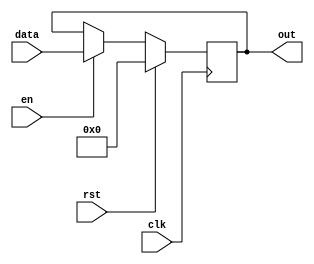
/*
   This file was generated automatically by the Mojo IDE version B1.3.3.
   Do not edit this file directly. Instead edit the original Lucid source.
   This is a temporary file and any changes made to it will be destroyed.
*/

/*
   Parameters:
     WIDTH = 8
*/
module register_8 (
    input clk,
    input en,
    input rst,
    input [7:0] data,
    output reg [7:0] out
  );
  
  localparam WIDTH = 4'h8;
  
  
  reg [7:0] M_regs_d, M_regs_q = 1'h0;
  
  always @* begin
    M_regs_d = M_regs_q;
    
    if (en == 1'h1) begin
      M_regs_d = data;
    end else begin
      M_regs_d = M_regs_q;
    end
    out = M_regs_q;
  end
  
  always @(posedge clk) begin
    if (rst == 1'b1) begin
      M_regs_q <= 1'h0;
    end else begin
      M_regs_q <= M_regs_d;
    end
  end
  
endmodule